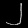
Digit: ၂